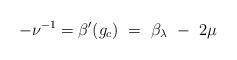
LaTeX: \begin{align*}- \nu ^{-1} = \beta^\prime(g_c) ~=~ \beta_\lambda ~-~ 2\mu\end{align*}